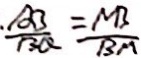
\frac { A B } { B Q } = \frac { N B } { B M }